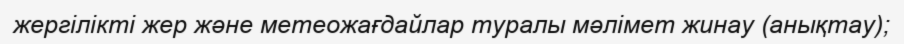
жергілікті жер және метеожағдайлар туралы мәлімет жинау (анықтау);